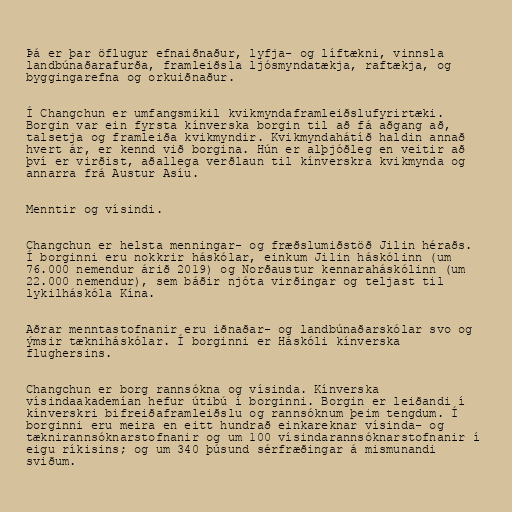
Þá er þar öflugur efnaiðnaður, lyfja- og líftækni, vinnsla
landbúnaðarafurða, framleiðsla ljósmyndatækja, raftækja, og
byggingarefna og orkuiðnaður.

Í Changchun er umfangsmikil kvikmyndaframleiðslufyrirtæki.
Borgin var ein fyrsta kínverska borgin til að fá aðgang að,
talsetja og framleiða kvikmyndir. Kvikmyndahátíð haldin annað
hvert ár, er kennd við borgina. Hún er alþjóðleg en veitir að
því er virðist, aðallega verðlaun til kínverskra kvikmynda og
annarra frá Austur Asíu.

Menntir og vísindi.

Changchun er helsta menningar- og fræðslumiðstöð Jilin héraðs.
Í borginni eru nokkrir háskólar, einkum Jilin háskólinn (um
76.000 nemendur árið 2019) og Norðaustur kennaraháskólinn (um
22.000 nemendur), sem báðir njóta virðingar og teljast til
lykilháskóla Kína.

Aðrar menntastofnanir eru iðnaðar- og landbúnaðarskólar svo og
ýmsir tækniháskólar. Í borginni er Háskóli kínverska
flughersins.

Changchun er borg rannsókna og vísinda. Kínverska
vísindaakademían hefur útibú í borginni. Borgin er leiðandi í
kínverskri bifreiðaframleiðslu og rannsóknum þeim tengdum. Í
borginni eru meira en eitt hundrað einkareknar vísinda- og
tæknirannsóknarstofnanir og um 100 vísindarannsóknarstofnanir í
eigu ríkisins; og um 340 þúsund sérfræðingar á mismunandi
sviðum.